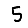
Digit: 5